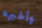
وأخبره